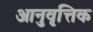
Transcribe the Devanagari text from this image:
आनुवृत्तिक